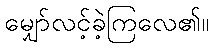
မျှော်လင့်ခဲ့ကြလေ၏။